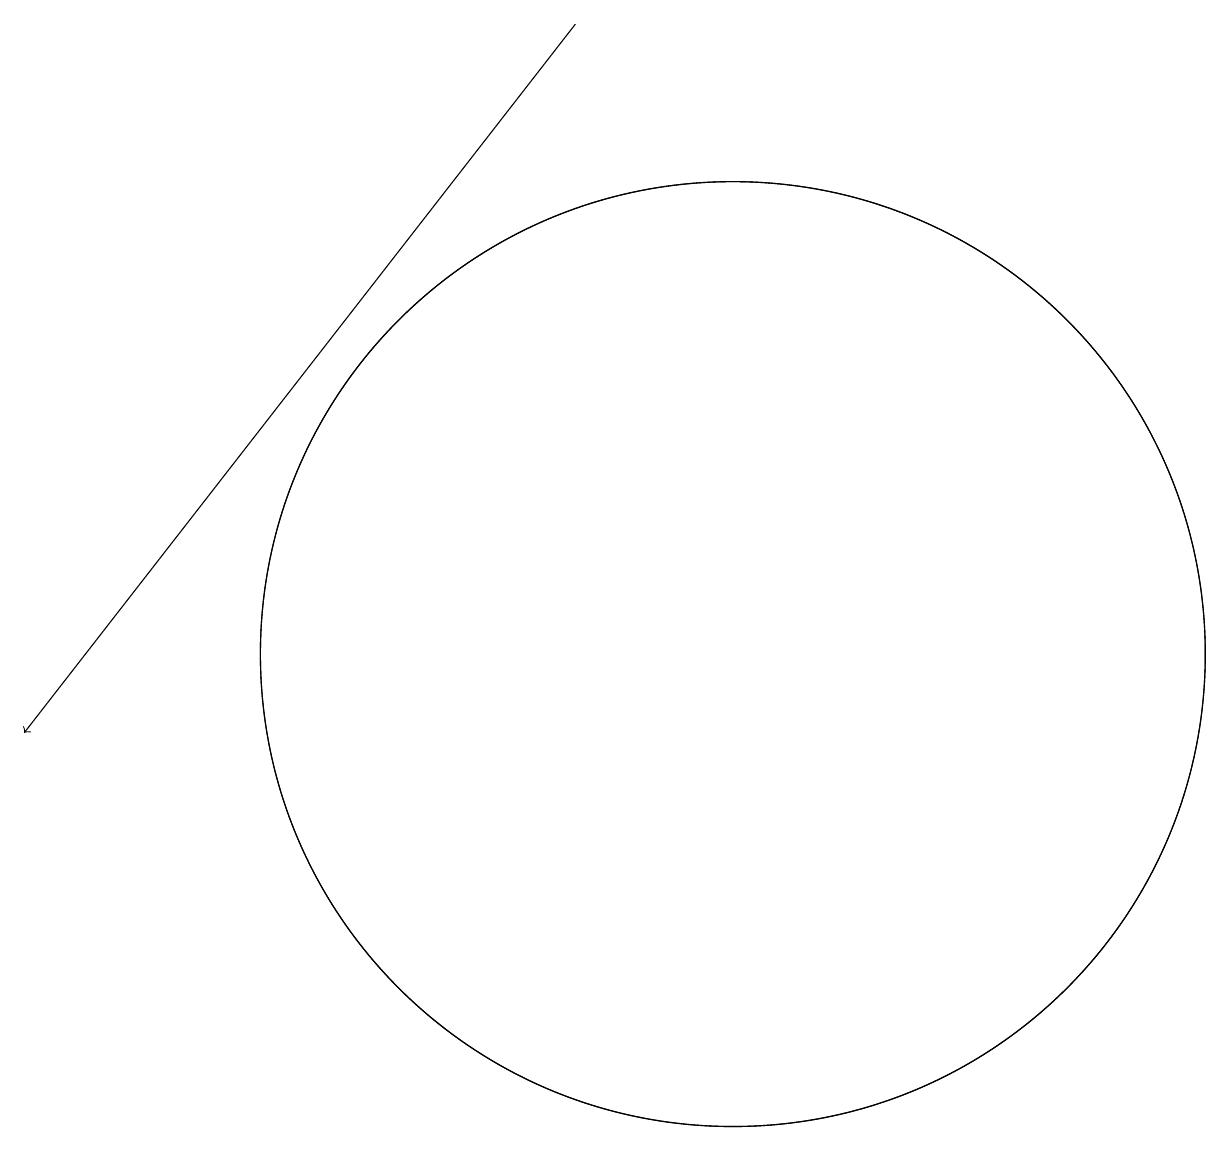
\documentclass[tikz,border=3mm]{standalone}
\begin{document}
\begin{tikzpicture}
\draw[->] (8,19) -- (1,10);
\draw (10,11) circle (6);
\draw (10,11) circle (6);
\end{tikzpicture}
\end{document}